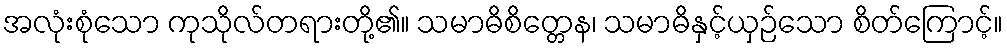
အလုံးစုံသော ကုသိုလ်တရားတို့၏။ သမာဓိစိတ္တေန၊ သမာဓိနှင့်ယှဉ်သော စိတ်ကြောင့်။